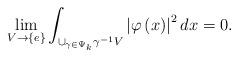
LaTeX: \begin{align*}\lim_{V\rightarrow\left\{ e\right\} }\int_{\cup_{\gamma\in\Psi_{k}}\gamma^{-1}V}\left\vert \varphi\left( x\right) \right\vert ^{2}dx=0.\end{align*}